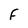
Character: F